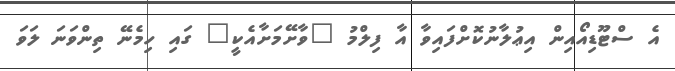
އެ ސްޓޫޑިއޯއިން އިޢުލާނުކޮށްފައިވާ އާ ފިލްމު "ވާށޭމަށާއެކީ" ގައި ހިމެނޭ ތިންވަނަ ލަވަ